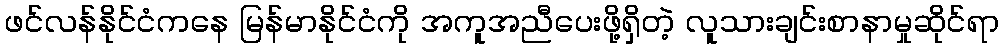
ဖင်လန်နိုင်ငံကနေ မြန်မာနိုင်ငံကို အကူအညီပေးဖို့ရှိတဲ့ လူသားချင်းစာနာမှုဆိုင်ရာ